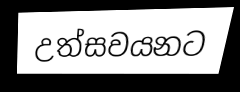
උත්සවයනට